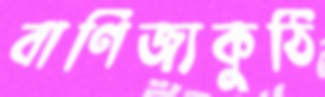
বাণিজ্যকুঠি